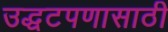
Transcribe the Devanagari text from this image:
उद्धटपणासाठी